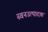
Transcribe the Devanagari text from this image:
स्वनउत्पादक